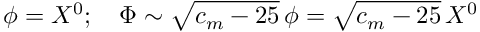
\phi = X ^ { 0 } ; \quad \Phi \sim \sqrt { c _ { m } - 2 5 } \, \phi = \sqrt { c _ { m } - 2 5 } \, X ^ { 0 }